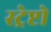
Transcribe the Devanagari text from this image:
स्ट्रेप्टो